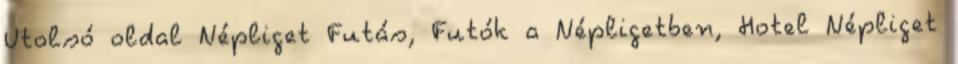
Utolsó oldal Népliget Futás, Futók a Népligetben, Hotel Népliget